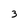
Character: 3